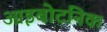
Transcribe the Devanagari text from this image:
आइबोटनिक